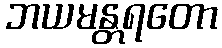
ဘယမန္တရတော